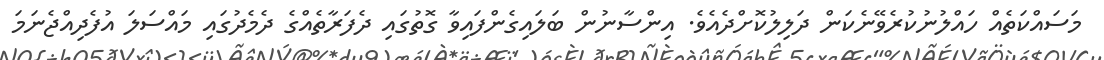
މަސައްކަތެއް ހައްލުނުކުރެވޭނެކަން ދަލިލުކޮށްދެއެވެ. އިންސާނުން ބަލައިގެންފައިވާ ގޮތުގައި ދެފަރާތެއްގެ ދެމެދުގައި މައްސަލަ އުފެދިއްޖެނަމަ